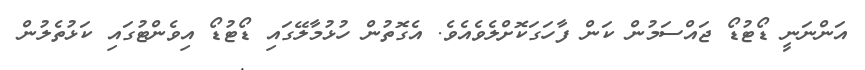
އަންނަނީ ޑޯޓުޑޯ ޖައްސަމުން ކަން ފާހަގަކޮށްލެވެއެވެ. އެގޮތުން ހުޅުމާލޭގައި ޑޯޓުޑޯ އިވެންޓުގައި ކަޅުތެލުން